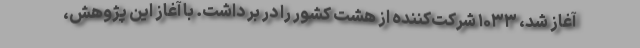
آغاز شد، ۱۰۳۳ شرکت‌کننده از هشت کشور را در بر داشت. با آغاز این پژوهش،